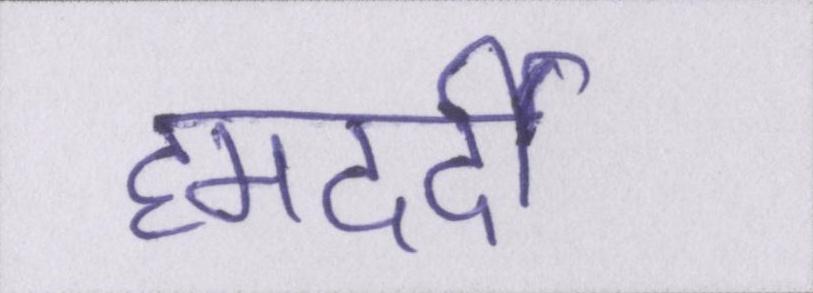
हमदर्दी